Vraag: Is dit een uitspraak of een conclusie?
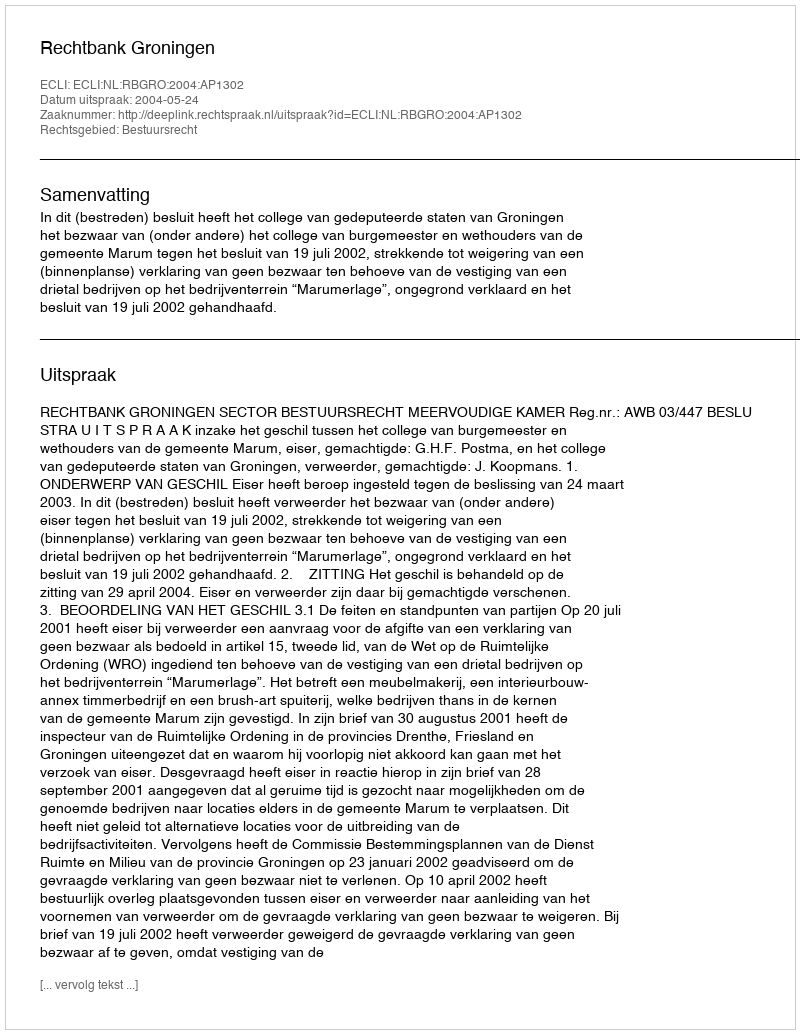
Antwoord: Uitspraak